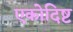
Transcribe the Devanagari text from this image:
एकोदिष्ट